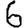
Digit: 6